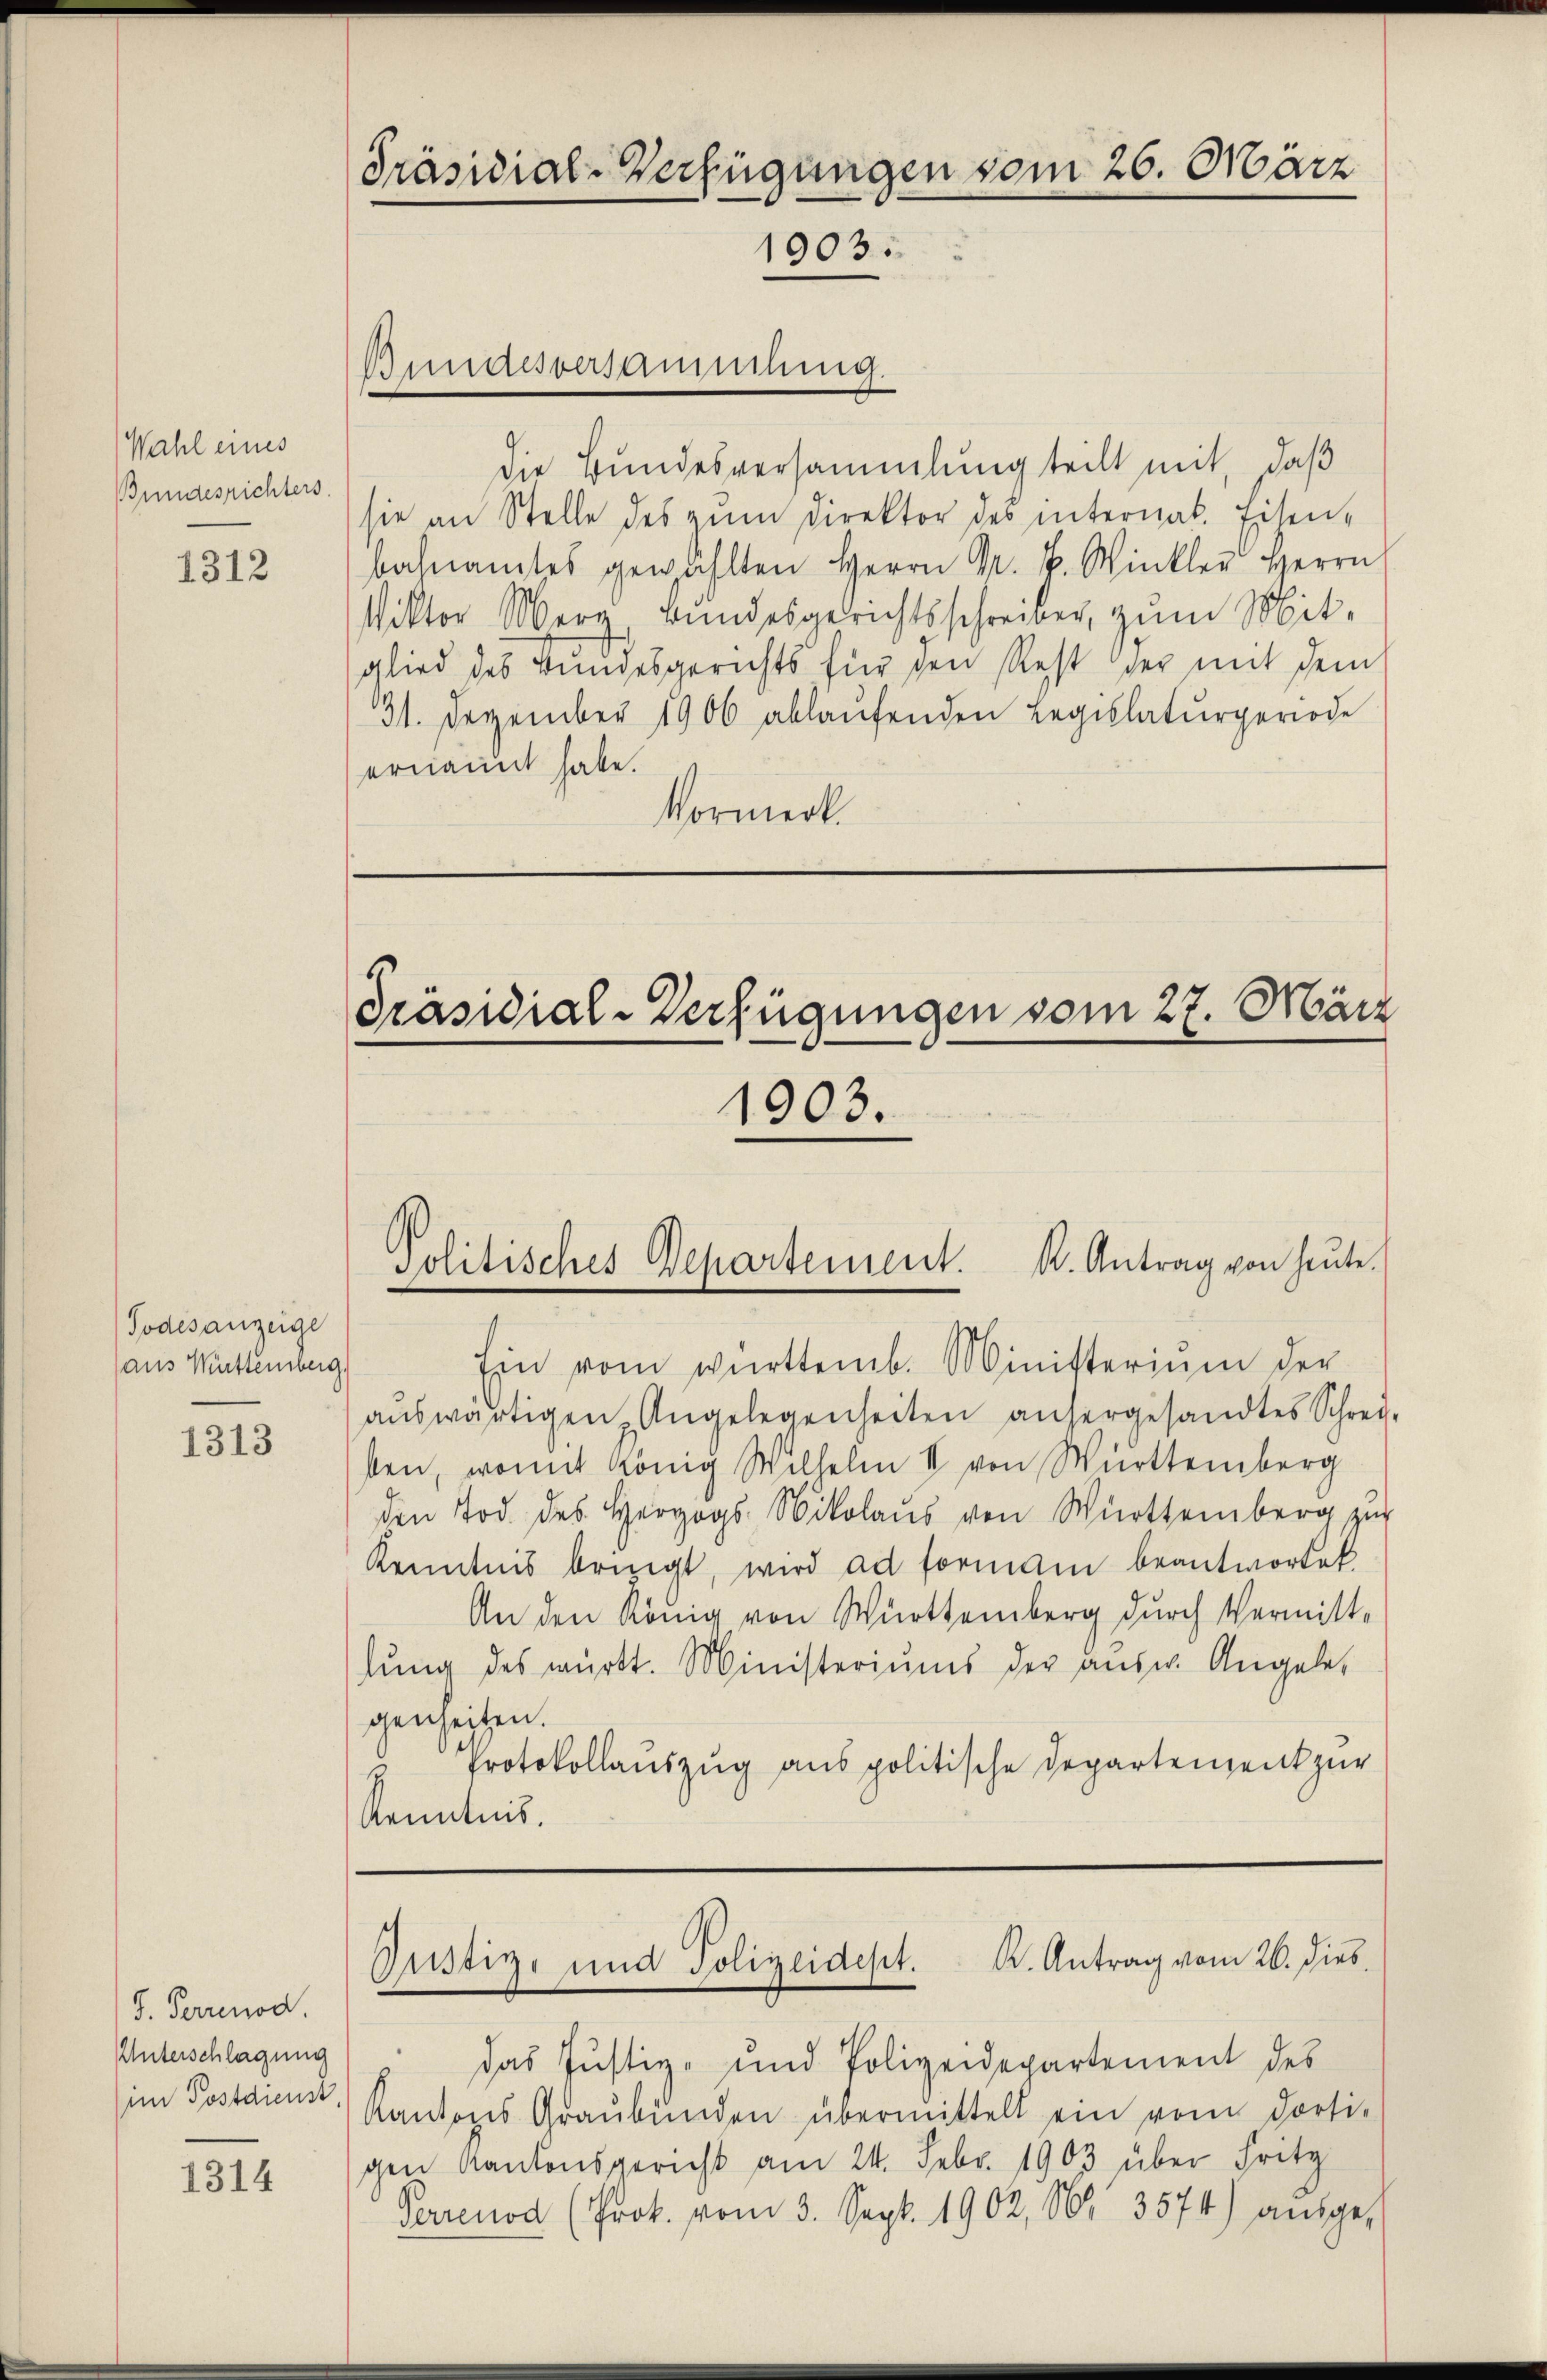
Wahl eines
Bundesrichters.

1312

Todesanzeige
aus Württemberg.

1313

S. Perrenod
Unterschlagung
im Postdienst

1314

die Bundesversammlung teilt mit, daß
sie an Stelle des zŭm Direktor des internat. Eisen-
bahnamtes gewählten Herrn Dr. P. Winkler Herrn
Viktor Merg, Bundesgerichtsschreiber, zum Mit-
glied des Bundesgerichts für den Rest der mit dem
31. Dezember 1906 ablaŭfenden Legislaturgeriode
ernannt habe.
Vormerk.

Ein vom württemb. Ministerium der
aŭswärtigen Angelegenheiten anhergesandtes Schrei-
ben, womit König Wilhelm II von Württemberg
den Tod des Herzogs Nikolaus von Württemberg zur
Kenntnis bringt, wird ad formani beantwortet.
An den König von Württemberg durch Vermitt-
lŭng des württ. Ministeriums der aŭsw. Angele
genheiten.
Protokollauszug aus politische Departement zur
Kenntnis.

Präsidial-Verfügungen vom 26. März
1903.

Bundesversammlung.

Präsidial-Verfügungen vom 27. März
1903.

Politisches Departement. K. Antrag von heŭte.

Justiz- und Polizeidest. K. Antrag vom 26. dies

das Justiz- und Polizeidepartement des
Kantons Graŭbŭnden übermittelt ein vom dorti-
gen Kantonsgericht am 24. Febr. 1903 über Fritz
Perrenod (Prok. vom 3. Sept. 1902, Nr. 3574) aŭsge-